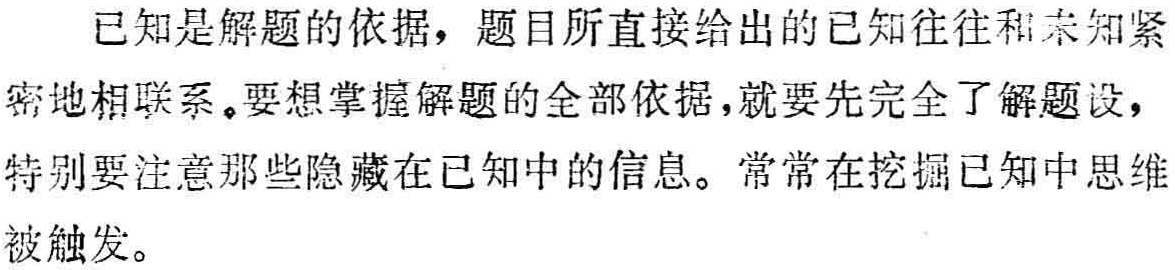
已知是解题的依据，题目所直接给出的已知往往和未知紧密地相联系。要想掌握解题的全部依据，就要先完全了解题设，特别要注意那些隐藏在已知中的信息。常常在挖掘已知中思维被触发。